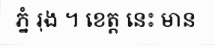
ភ្នំ រុង ។ ខេត្ត នេះ មាន